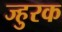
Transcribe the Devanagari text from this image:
ज्हुरक